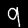
Digit: 9